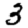
Digit: 3